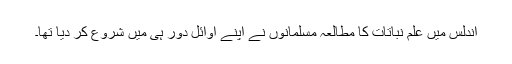
اندلس میں علمِ نباتات کا مطالعہ مسلمانوں نے اپنے اَوائل دَور ہی میں شروع کر دیا تھا۔